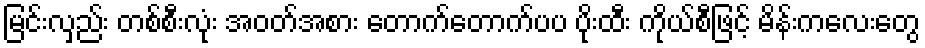
မြင်းလှည်း တစ်စီးလုံး အဝတ်အစား တောက်တောက်ပပ ပိုးထီး ကိုယ်စီဖြင့် မိန်းကလေးတွေ